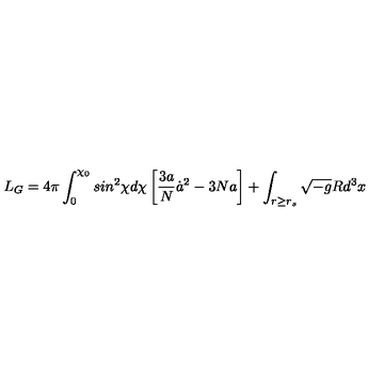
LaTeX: L _ { G } = 4 \pi \int _ { 0 } ^ { \chi _ { 0 } } s i n ^ { 2 } \chi d \chi \left[ \frac { 3 a } { N } { \dot { a } } ^ { 2 } - 3 N a \right] + \int _ { r \geq r _ { s } } \sqrt { - g } R d ^ { 3 } x